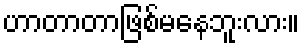
ဟာတာတာဖြစ်မနေဘူးလား။